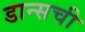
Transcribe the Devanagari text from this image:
डान्सची